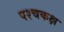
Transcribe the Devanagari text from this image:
पश्चकक्ष